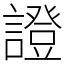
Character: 證